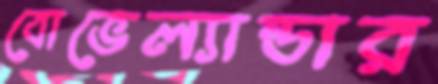
বোভেল্যান্ডার